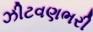
ઝીટવણભરી